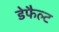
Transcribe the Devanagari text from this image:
डेफैल्ट